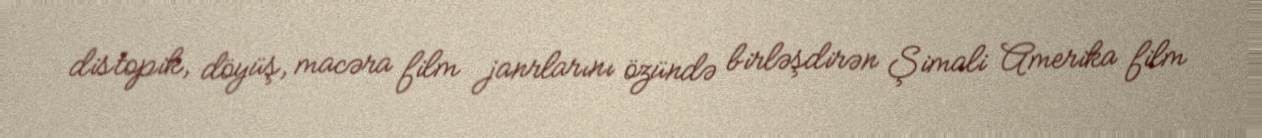
distopik, döyüş, macəra film janrlarını özündə birləşdirən Şimali Amerika film